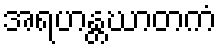
အရဟန္တဃာတကံ